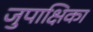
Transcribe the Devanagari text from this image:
जुपाक्षिका